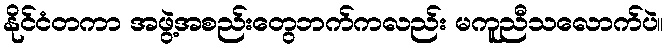
နိုင်ငံတကာ အဖွဲ့အစည်းတွေဘက်ကလည်း မကူညီသလောက်ပဲ။